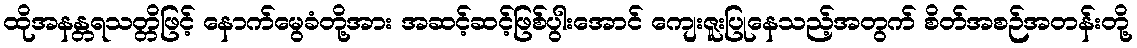
ထိုအနန္တရသတ္တိဖြင့် နောက်မွေခံတို့အား အဆင့်ဆင့်ဖြစ်ပွါးအောင် ကျေးဇူးပြုနေသည့်အတွက် စိတ်အစဉ်အတန်းတို့